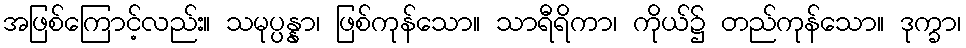
အဖြစ်ကြောင့်လည်း။ သမုပ္ပန္နာ၊ ဖြစ်ကုန်သော။ သာရီရိကာ၊ ကိုယ်၌ တည်ကုန်သော။ ဒုက္ခာ၊